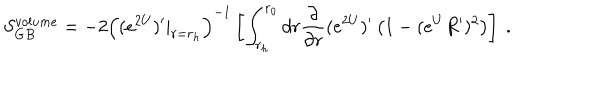
S _ { G B } ^ { v o l u m e } = - 2 \left( ( e ^ { 2 U } ) ^ { \prime } | _ { r = r _ { h } } \right) ^ { - 1 } \left[ \int _ { r _ { h } } ^ { r _ { 0 } } d r { \frac { \partial } { \partial r } } ( e ^ { 2 U } ) ^ { \prime } \left( 1 - ( e ^ { U } R ^ { \prime } ) ^ { 2 } \right) \right] \ .